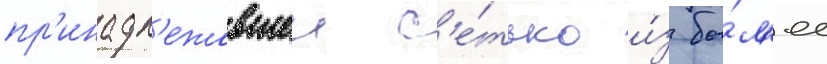
пр'инадл'ежавшеи с'е́тью и́з бо́л'ее